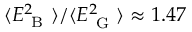
\langle E _ { \mathrm { ~ B ~ } } ^ { 2 } \rangle / \langle E _ { \mathrm { ~ G ~ } } ^ { 2 } \rangle \approx 1 . 4 7